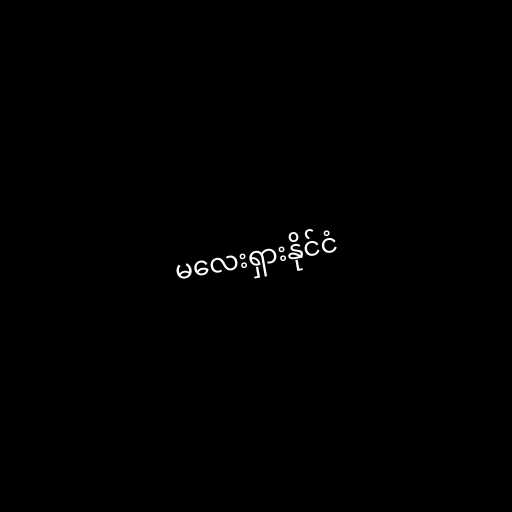
မလေးရှားနိုင်ငံ